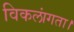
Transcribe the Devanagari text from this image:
विकलांगता।